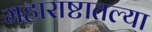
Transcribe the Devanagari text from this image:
महाराष्टातल्या